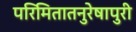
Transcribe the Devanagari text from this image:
परिमितातनुरेषापुरी